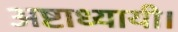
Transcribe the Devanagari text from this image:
अष्टाध्यायी।